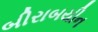
બીરાબયીન